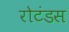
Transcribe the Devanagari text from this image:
रोटंडस